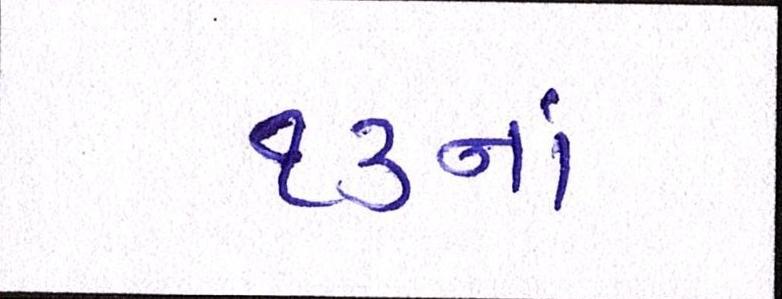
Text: ૧૩નાં